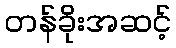
တန်ခိုးအဆင့်